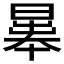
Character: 𣉱